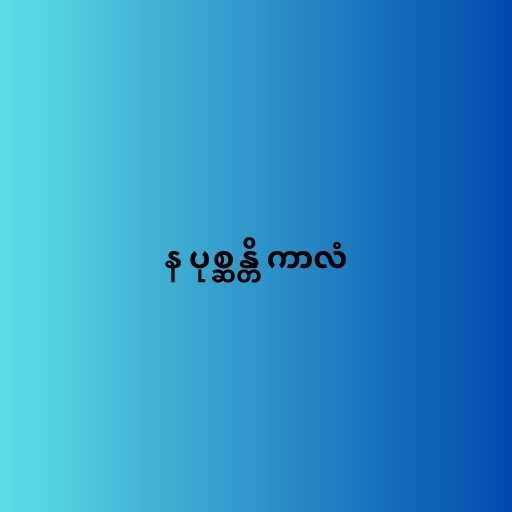
န ပုစ္ဆန္တိ ကာလံ